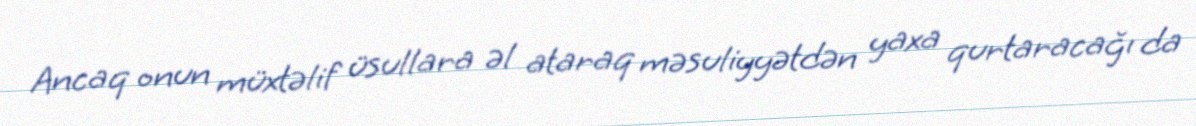
Ancaq onun müxtəlif üsullara əl ataraq məsuliyyətdən yaxa qurtaracağı da